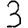
Digit: 3